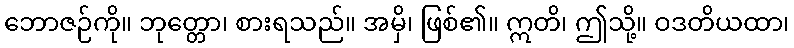
ဘောဇဉ်ကို။ ဘုတ္တော၊ စားရသည်။ အမှိ၊ ဖြစ်၏။ ဣတိ၊ ဤသို့။ ဝဒတိယထာ၊